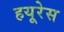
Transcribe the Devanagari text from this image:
हयूरेस